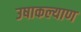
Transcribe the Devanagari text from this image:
उषाकल्याण